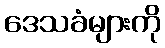
ဒေသခံများကို